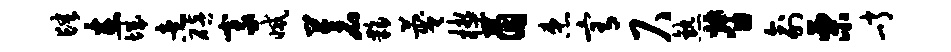
肆在城煮碚豪减苍夥蔑楔茵患宥尺熟督俞栗峭